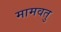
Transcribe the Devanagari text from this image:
मामवतु